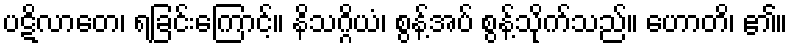
ပဋိလာတေ၊ ရခြင်းကြောင့်။ နိသဂ္ဂိယံ၊ စွန့်အပ် စွန့်သိုက်သည်။ ဟောတိ၊ ၏။